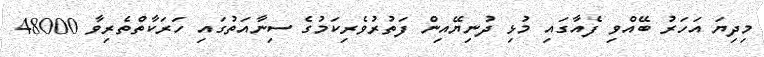
މިދިޔަ އަހަރު ބޭއްވި ފެއާގައި މުޅި ދުނިޔޭއިން ފަތުރުވެރިކަމުގެ ސިނާއަތުގައި ހަރަކާތްތެރިވާ 48000